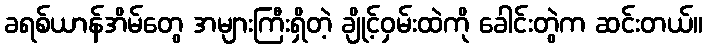
ခရစ်ယာန်အိမ်တွေ အများကြီးရှိတဲ့ ချိုင့်ဝှမ်းထဲကို ခေါင်းတွဲက ဆင်းတယ်။